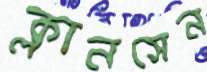
ক্লানসেন